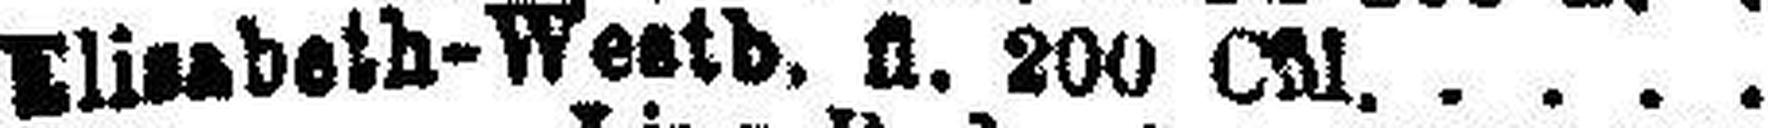
Elisabeth-Westb. fl. 200 CM.